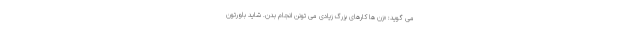
می گوید: «زن ها کارهای بزرگ زیادی می تونن انجام بدن. شاید باورتون